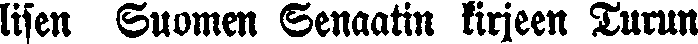
lisen Suomen Senaatin kirjeen Turun